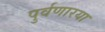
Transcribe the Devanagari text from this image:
पुर्वणारया